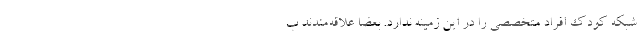
شبکه کودک افراد متخصصی را در این زمینه ندارد. بعضاً علاقه‌مندند ب